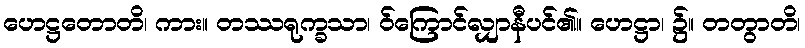
ဟေဋ္ဌတောတိ၊ ကား။ တဿရုက္ခသာ၊ ဝ်ကြောင်လျှာနီပင်၏။ ဟေဋ္ဌာ၊ ၌။ တတွာတိ၊